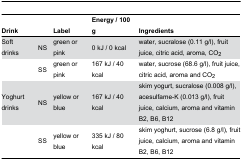
<table><thead><tr><td><b>Drink</b></td><td></td><td><b>Label</b></td><td><b>Energy / 100 g</b></td><td><b>Ingredients</b></td></tr></thead><tbody><tr><td>Soft drinks</td><td>NS</td><td>green or pink</td><td>0 kJ / 0 kcal</td><td>water, sucralose (0.11 g/l), fruit juice, citric acid, aroma, CO<sub>2</sub></td></tr><tr><td></td><td>SS</td><td>green or pink</td><td>167 kJ / 40 kcal</td><td>water, sucrose (68.6 g/l), fruit juice, citric acid, aroma and CO<sub>2</sub></td></tr><tr><td>Yoghurt drinks</td><td>NS</td><td>yellow or blue</td><td>167 kJ / 40 kcal</td><td>skim yogurt, sucralose (0.008 g/l), acesulfame-K (0.013 g/l), fruit juice, calcium, aroma and vitamin B2, B6, B12</td></tr><tr><td></td><td>SS</td><td>yellow or blue</td><td>335 kJ / 80 kcal</td><td>skim yoghurt, sucrose (6.8 g/l), fruit juice, calcium, aroma and vitamin B2, B6, B12</td></tr></tbody></table>